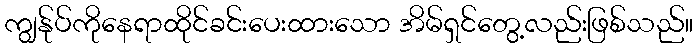
ကျွန်ုပ်ကိုနေရာထိုင်ခင်းပေးထားသော အိမ်ရှင်တွေ့လည်းဖြစ်သည်။